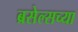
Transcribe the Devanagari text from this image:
ब्रसेल्सच्या